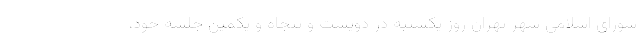
شورای اسلامی شهر تهران روز یکشنبه در دویست و پنجاه و یکمین جلسه خود،